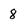
Character: 8